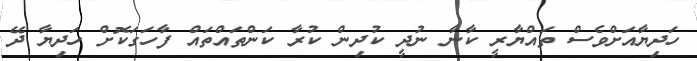
ހަދިޔާއަށްވެސް ތައްޔާރީ ކާނާ ނުދީ ކުދިން ކުރާ ކަންތައްތައް ފާހަގަކޮށް ހަދިޔާ ދޭ